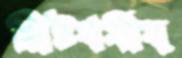
খ্রিষ্টধর্মীয়